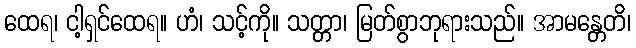
ထေရ၊ ငါ့ရှင်ထေရ။ ဟံ၊ သင့်ကို။ သတ္တာ၊ မြတ်စွာဘုရားသည်။ အာမန္တေတိ၊